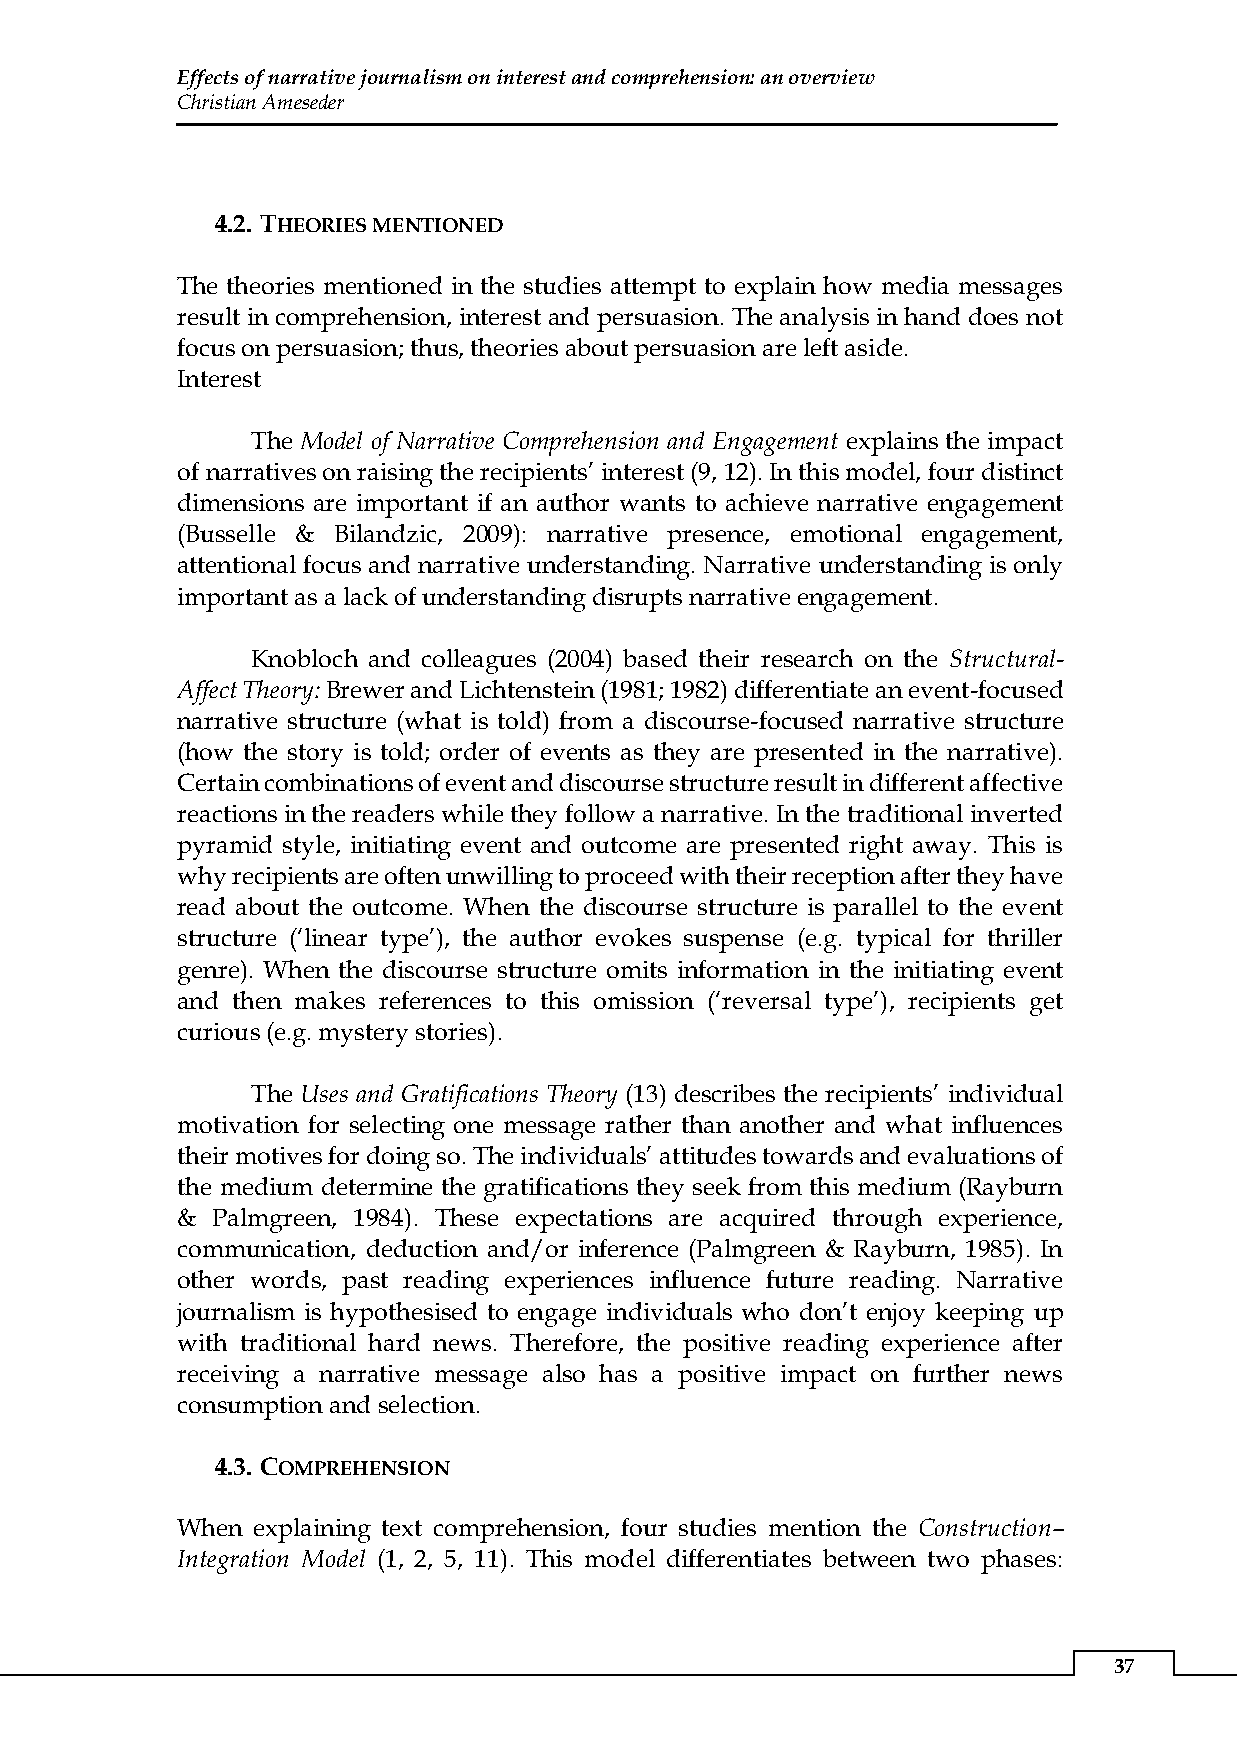
Effects of narrative journalism on interest and comprehension: an overview
 Christian Ameseder
 4.2. THEORIES MENTIONED
 The theories mentioned in the studies attempt to explain how media messages
 result in comprehension, interest and persuasion. The analysis in hand does not
 focus on persuasion; thus, theories about persuasion are left aside.
 Interest
 The Model of Narrative Comprehension and Engagement explains the impact
 of narratives on raising the recipients’ interest (9, 12). In this model, four distinct
 dimensions are important if an author wants to achieve narrative engagement
 (Busselle & Bilandzic, 2009): narrative presence, emotional engagement,
 attentional focus and narrative understanding. Narrative understanding is only
 important as a lack of understanding disrupts narrative engagement.
 Knobloch and colleagues (2004) based their research on the Structural-
 Affect Theory: Brewer and Lichtenstein (1981; 1982) differentiate an event-focused
 narrative structure (what is told) from a discourse-focused narrative structure
 (how the story is told; order of events as they are presented in the narrative).
 Certain combinations of event and discourse structure result in different affective
 reactions in the readers while they follow a narrative. In the traditional inverted
 pyramid style, initiating event and outcome are presented right away. This is
 why recipients are often unwilling to proceed with their reception after they have
 read about the outcome. When the discourse structure is parallel to the event
 structure (‘linear type’), the author evokes suspense (e.g. typical for thriller
 genre). When the discourse structure omits information in the initiating event
 and then makes references to this omission (‘reversal type’), recipients get
 curious (e.g. mystery stories).
 The Uses and Gratifications Theory (13) describes the recipients’ individual
 motivation for selecting one message rather than another and what influences
 their motives for doing so. The individuals’ attitudes towards and evaluations of
 the medium determine the gratifications they seek from this medium (Rayburn
 & Palmgreen, 1984). These expectations are acquired through experience,
 communication, deduction and/or inference (Palmgreen & Rayburn, 1985). In
 other words, past reading experiences influence future reading. Narrative
 journalism is hypothesised to engage individuals who don’t enjoy keeping up
 with traditional hard news. Therefore, the positive reading experience after
 receiving a narrative message also has a positive impact on further news
 consumption and selection.
 4.3. COMPREHENSION
 When explaining text comprehension, four studies mention the Construction–
 Integration Model (1, 2, 5, 11). This model differentiates between two phases:
 37